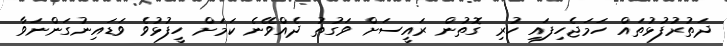
ދަތުރުފުޅުތައް ހަމަޖެހިފައި ހުރި ގޮތުން ރައީސަށް ވަގުތު ދެއްވޭނެ ކަމަށް ހީފުޅުވެ ވަޑައިނުގަންނަވާ